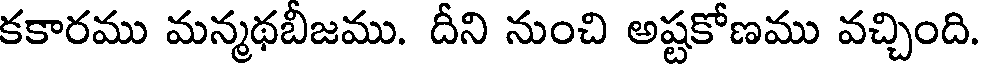
కకారము మన్మథబిజము. దీని నుంచి అష్టకోణము వచ్చింది.